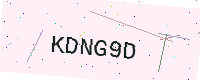
Text: KDNG9D